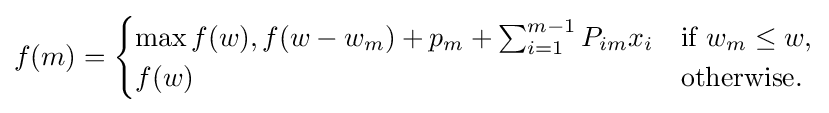
f(m)={\begin{cases}\max f(w),f(w-w_{m})+p_{m}+\sum _{i=1}^{m-1}P_{im}x_{i}&{\text{if }}w_{m}\leq w,\\f(w)&{\text{otherwise.}}\end{cases}}